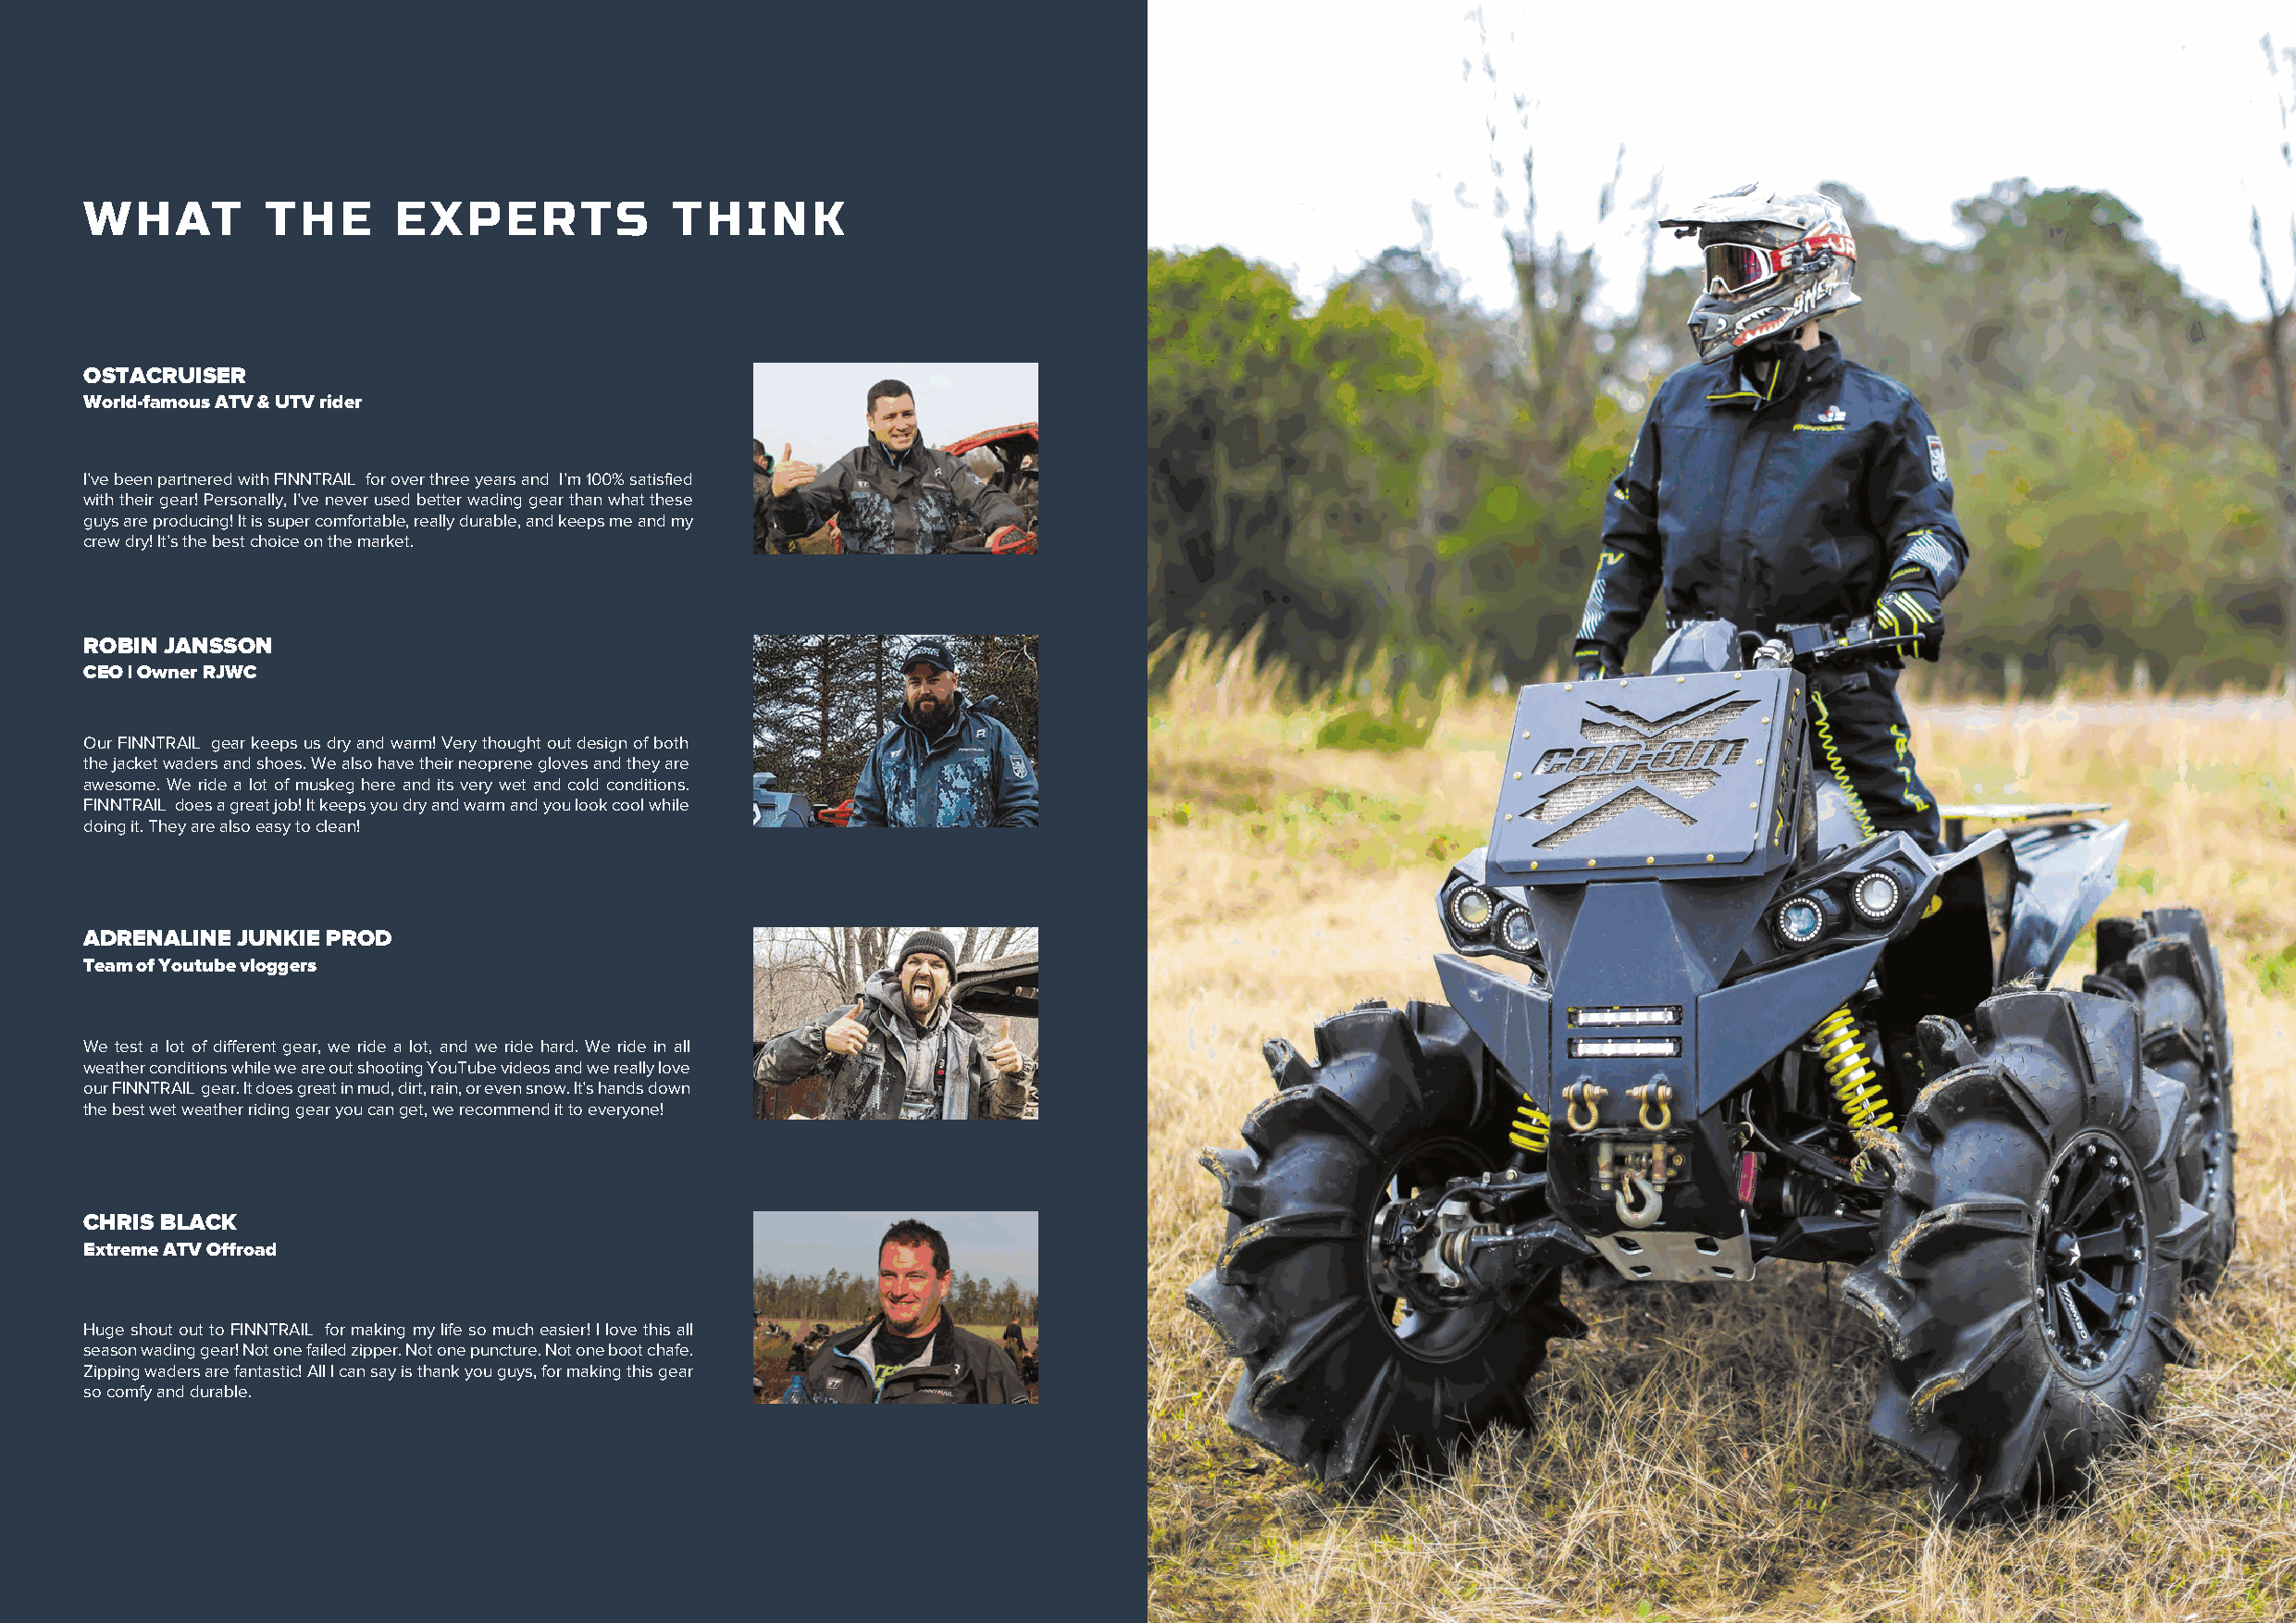
WHAT         THE      EXPERTS             THINK
 OSTACRUISER
 World-famous ATV & UTV rider
 I’ve been partnered with FINNTRAIL for over three years and I’m 100% satisfied
 with their gear! Personally, I’ve never used better wading gear than what these
 guys are producing! It is super comfortable, really durable, and keeps me and my
 crew dry! It’s the best choice on the market.
 ROBIN JANSSON
 CEO | Owner RJWC
 Our FINNTRAIL gear keeps us dry and warm! Very thought out design of both
 the jacket waders and shoes. We also have their neoprene gloves and they are
 awesome. We ride a lot of muskeg here and its very wet and cold conditions.
 FINNTRAIL does a great job! It keeps you dry and warm and you look cool while
 doing it. They are also easy to clean!
 ADRENALINE JUNKIE PROD
 Team of Youtube vloggers
 We test a lot of different gear, we ride a lot, and we ride hard. We ride in all
 weather conditions while we are out shooting YouTube videos and we really love
 our FINNTRAIL gear. It does great in mud, dirt, rain, or even snow. It’s hands down
 the best wet weather riding gear you can get, we recommend it to everyone!
 CHRIS BLACK
 Extreme ATV Offroad
 Huge shout out to FINNTRAIL for making my life so much easier! I love this all
 season wading gear! Not one failed zipper. Not one puncture. Not one boot chafe.
 Zipping waders are fantastic! All I can say is thank you guys, for making this gear
 so comfy and durable.